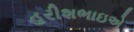
હરીશભાઇએ